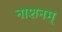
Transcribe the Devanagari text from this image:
नाशनम्‌